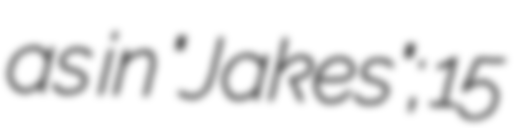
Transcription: as in "Jakes"; 15